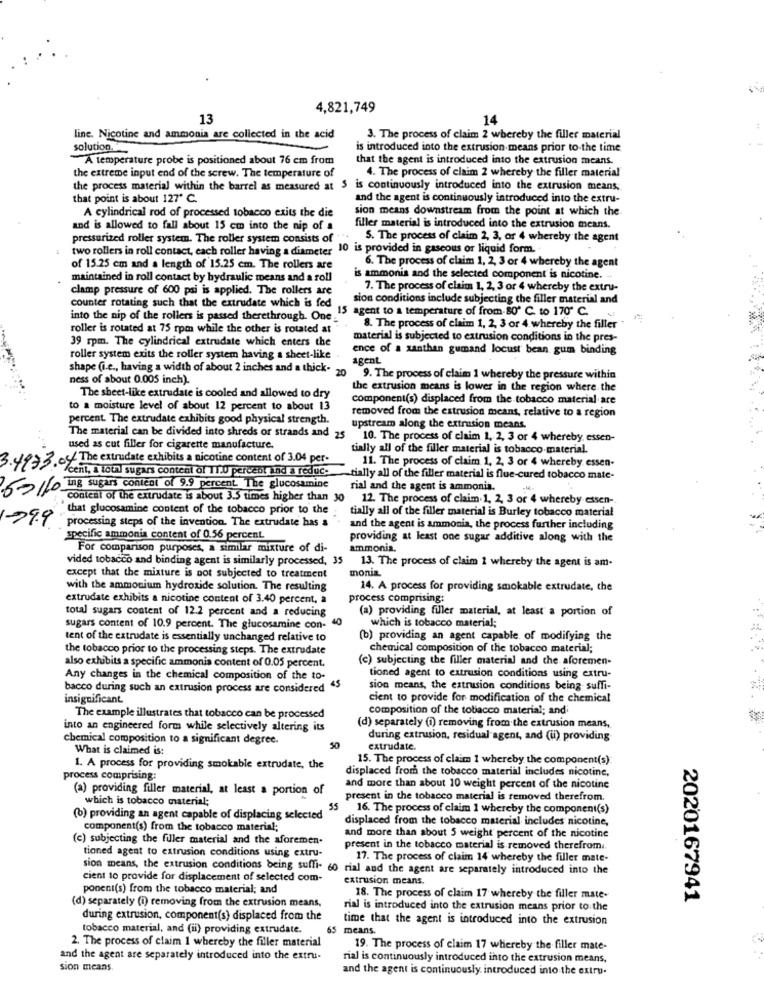
4,821,749
13
14
line. Nicotine and ammonia are collected in the acid
3. The process of claim 2 whereby the filler material
solution.
is introduced into the extrusion means prior to-the time
A temperature probe is positioned about 76 cm from
that the agent is introduced into the extrusion means.
4. The process of claim 2 whereby the filler material
the extreme input end of the screw. The temperature of
the process material within the barrel as measured at $ is continuously introduced into the extrusion means,
that point is about 127" C.
and the agent is continuously introduced into the extru-
sion means downstream from the point at which the
A cylindrical rod of processed tobacco exits the die
and is allowed to fall about 15 cm into the nip of a
filler material is introduced into the extrusion means.
pressurized roller system. The roller system consists of "
. S. The process of claim 2, 3, or 4 whereby the agent
two rollers in roll contact, each roller having a diameter 10 is provided in gascous or liquid form ..
6. The process of claim 1, 2, 3 or 4 whereby the agent
of 15.25 cm and a length of 15.25 cm. The rollers are
maintained in roll contact by hydraulic means and a roll
is ammonia and the selected component is nicotine.
clamp pressure of 600 psi is applied. The rollers are
7. The process of claim 1, 2, 3 or 4 whereby the extru-
counter rotating such that the extrudate which is fed
sion conditions include subjecting the filler material and
15 agent to a temperature of from.80' C. to 170" C.
into the nip of the rollers is passed therethrough. One."
roller is rotated at 75 rpm while the other is rotated at
8. The process of claim 1, 2, 3 or 4. whereby the filler "
39 rpm. The cylindrical extrudate which enters the
material is subjected to extrusion conditions in the pres-
ence of a xanthan gumand locust bean gum binding
roller system exits the roller system having a sheet-like .
agent
shape (i.e ., having a width of about 2 inches and a thick" 20
ness of about 0.005 inch).
9. The process of claim 1 whereby the pressure within
the extrusion means is lower in the region where the
The sheet-like extrudate is cooled and allowed to dry
component(s) displaced from the tobacco material are
to a moisture level of about 12 percent to about 13
removed from the extrusion means, relative to a region
percent. The extrudate exhibits good physical strength.
upstream along the extrusion means.
The material can be divided into shreds or strands and 25 10. The process of claim 1, 2, 3 or 4 whereby, essen-
used as cut filler for cigarette manufacture.
tially all of the filler material is tobacco material.
3.4973.04 The extrudate exhibits a nicotine content of 3.04 per-
11. The process of claim 1, 2, 3 or 4 whereby essen-
/cent, a toini sugars content of 11.0 percent ind a reduc.
tially all of the filler material is flue-cured tobacco mate-
ing sugars content of 9.9 percent The glucosamine
rial and the agent is ammonia.
content of the extrudate is about 3.5 times higher than 30 12. The process of claim.1, 2, 3 or 4 whereby essen-
that glucosamine content of the tobacco prior to the
tially all of the filler material is Burley tobacco material
79.9 processing steps of the invention. The extrudate has a
and the agent is ammonia, the process further including
specific ammonia content of 0.56 percent
providing at least one sugar additive along with the
For comparison purposes, a similar mixture of di-
ammonia.
vided tobacco and binding agent is similarly processed, 35
13. The process of claim 1 whereby the agent is am-
monia
except that the mixture is not subjected to treatment
with the ammonium hydroxide solution. The resulting
14. A process for providing smokable extrudate, the
extrudate exhibits a nicotine content of 3.40 percent, a
process comprising:
total sugars content of 12.2 percent and a reducing
(a) providing filler material, at least a portion of
**
sugars content of 10.9 percent. The glucosamine con- 40
which is tobacco material;
tent of the extrudate is essentially unchanged relative to
(b) providing an agent capable of modifying the
the tobacco prior to the processing steps. The extrudate
chemical composition of the tobacco material;
(c) subjecting the filler material and the aforemen-
also exhibits a specific ammonia content of 0.05 percent.
tioned agent to extrusion conditions using extru-
Any changes in the chemical composition of the to-
bacco during such an extrusion process are considered"
sion means, the extrusion conditions being suffi-
insignificant
cient to provide for modification of the chemical
composition of the tobacco material; and
The example illustrates that tobacco can be processed
into an engineered form while selectively altering its
(d) separately (i) removing from the extrusion means,
chemical composition to a significant degree.
during extrusion, residual agent, and (i) providing
What is claimed is:
50
extrudate.
15. The process of claim 1 whereby the component(s)
1. A process for providing smokable extrudate, the
displaced from the tobacco material includes nicotine,
process comprising:
(a) providing filler material, at least a portion of
and more than about 10 weight percent of the nicotine
which is tobacco material;
present in the tobacco material is removed therefrom.
55 16. The process of claim 1 whereby the component(s)
(b) providing an agent capable of displacing selected
displaced from the tobacco material includes nicotine,
component(s) from the tobacco material;
(c) subjecting the fuller material and the aforemen-
and more than about 5 weight percent of the nicotine
tioned agent to extrusion conditions using extru-
present in the tobacco material is removed therefrom.
17. The process of claim 14' whereby the filler mate-
sion means, the extrusion conditions being suffi- 60 rial and the agent are separately introduced into the
cient to provide for displacement of selected com-
extrusion means.
ponent(s) from the tobacco material; and
(d) separately (i) removing from the extrusion means,
18. The process of claim 17 whereby the filler mate-
2020167941
rial is introduced into the extrusion means prior to the
during extrusion, component(s) displaced from the
time that the agent is introduced into the extrusion
tobacco material, and (ii) providing extrudate.
65 means.
2. The process of claim I whereby the filler material
19. The process of claim 17 whereby the filler mate-
and the agent are separately introduced into the extru-
rial is continuously introduced into the extrusion means,
sion means.
and the agent is continuously introduced into the extru.